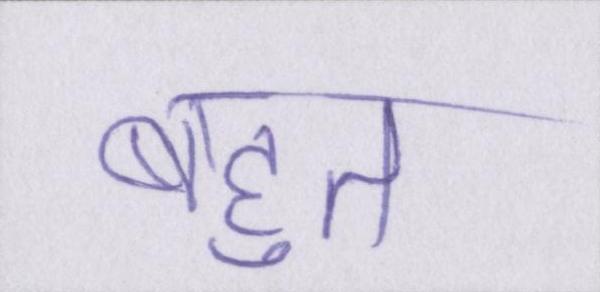
बहुत